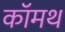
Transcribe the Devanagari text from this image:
कॉमथ